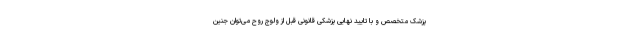
پزشک متخصص و با تایید نهایی پزشکی قانونی قبل از ولوج روح می‌توان جنین